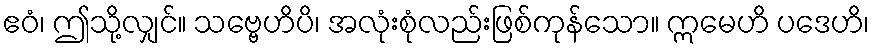
ဧဝံ၊ ဤသို့လျှင်။ သဗ္ဗေဟိပိ၊ အလုံးစုံလည်းဖြစ်ကုန်သော။ ဣမေဟိ ပဒေဟိ၊